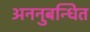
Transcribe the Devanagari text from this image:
अननुबन्धित